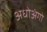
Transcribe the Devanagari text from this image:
अधोअंगो